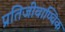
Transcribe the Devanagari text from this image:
प्रतिजीवाण्विक